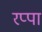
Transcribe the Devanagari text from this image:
रप्पा